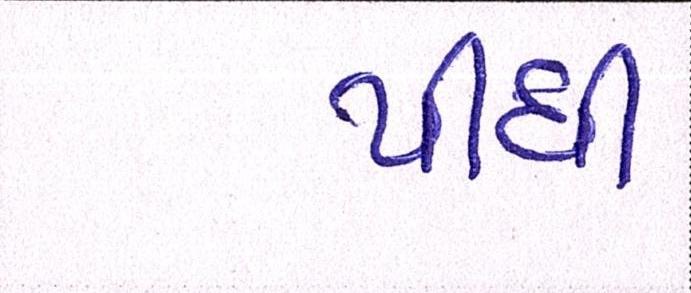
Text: પીધી